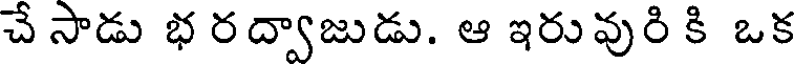
చే సాడు భ రద్వాజుడు. ఆ ఇరువురి కి ఒక